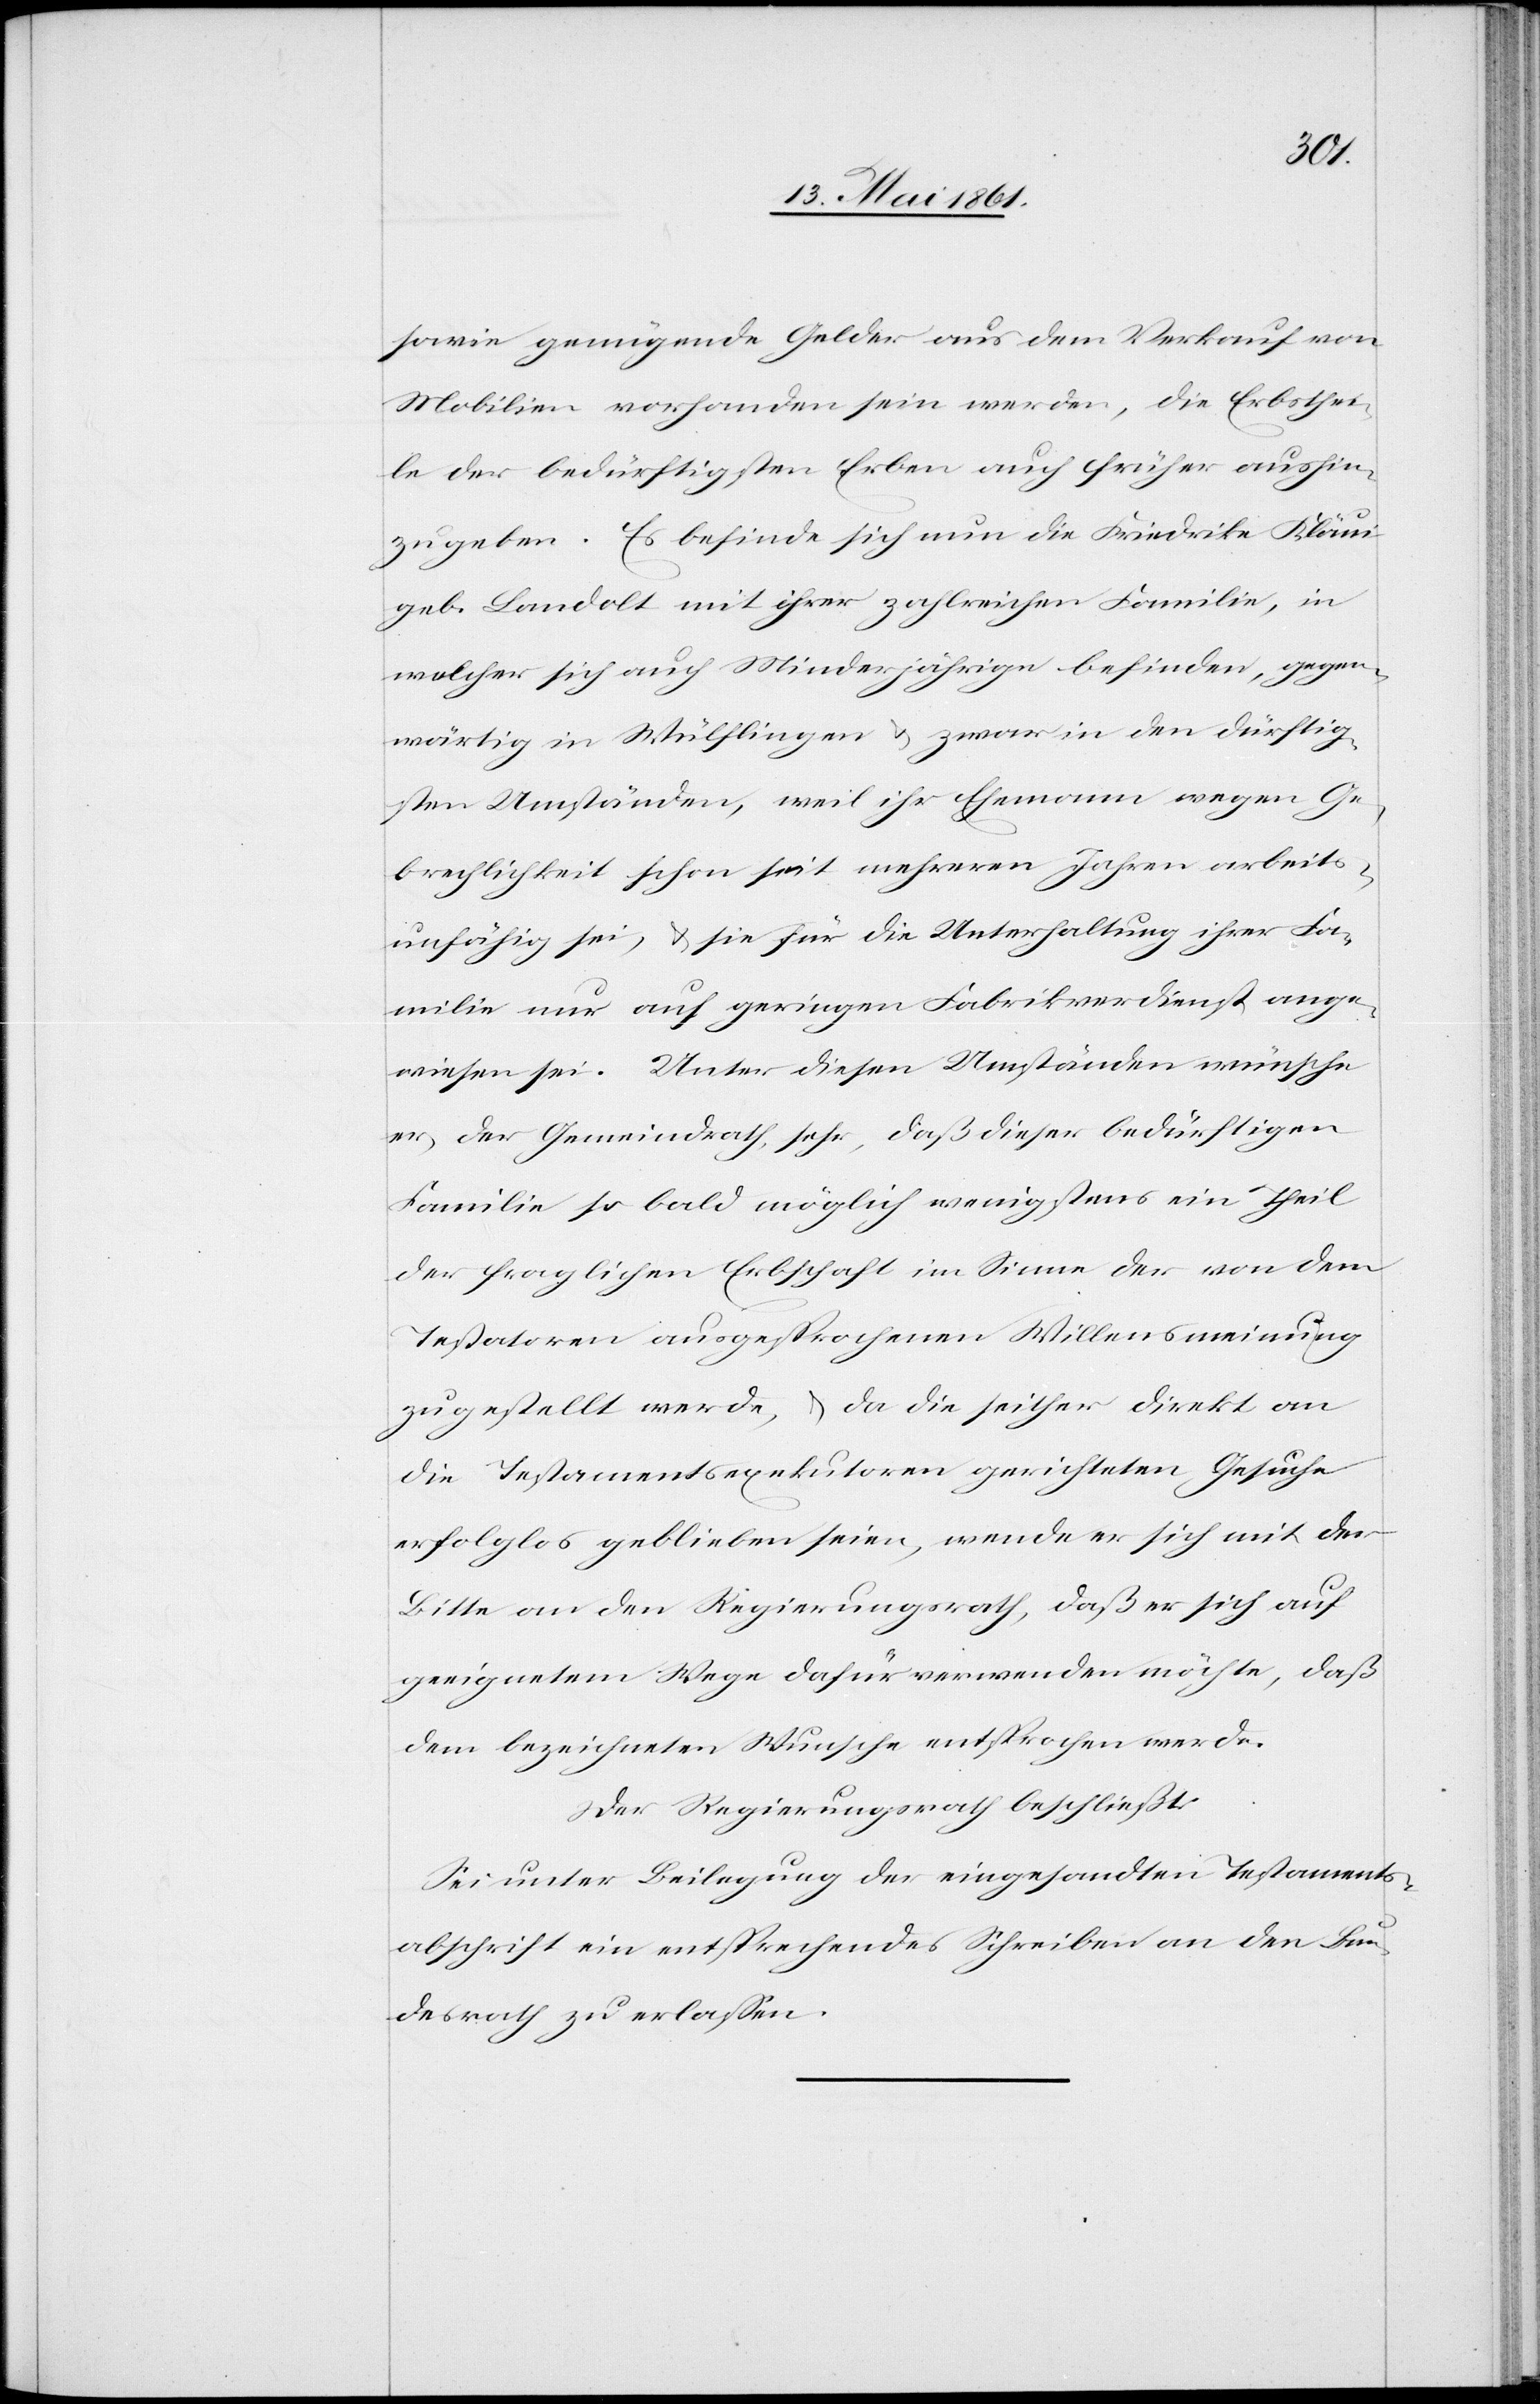
sowie genügende Gelder aus dem Verkauf von
Mobilien vorhanden sein werden, die Erbsthei¬
le der bedürftigsten Erben auch früher aushin¬
zugeben. Es befinde sich nun die Friedrike
geb. Landolt mit ihrer zahlreichen Familie, in
welcher sich auch Minderjährige befinden, gegen¬
wärtig in Wülflingen u. zwar in den dürftig¬
sten Umständen, weil ihr Ehemann wegen Ge¬
brechlichkeit schon seit mehreren Jahren arbeits¬
unfähig sei, u. sie für die Unterhaltung ihrer Fa¬
milie nur auf geringen Fabrikverdienst ange¬
wiesen sei. Unter diesen Umständen wünsche
er, der Gemeindrath, sehr, daß dieser bedürftigen
Familie so bald möglich wenigstens ein Theil
der fraglichen Erbschaft im Sinne der von dem
Testatoren ausgesprochenen Willensmeinung
zugestellt werde, u. da die seither direkt an
die Testamentsexekutoren gerichteten Gesuche
erfolglos geblieben seien, wende er sich mit der
Bitte an den Regierungsrath, daß er sich auf
geeignetem Wege dafür verwenden möchte, daß
dem bezeichneten Wunsche entsprochen werde.
Der Regierungsrath beschließt:
Sei unter Beilegung der eingesandten Testamtents¬
abschrift ein entsprechendes Schreiben an den Bun¬
desrath zu erlassen.